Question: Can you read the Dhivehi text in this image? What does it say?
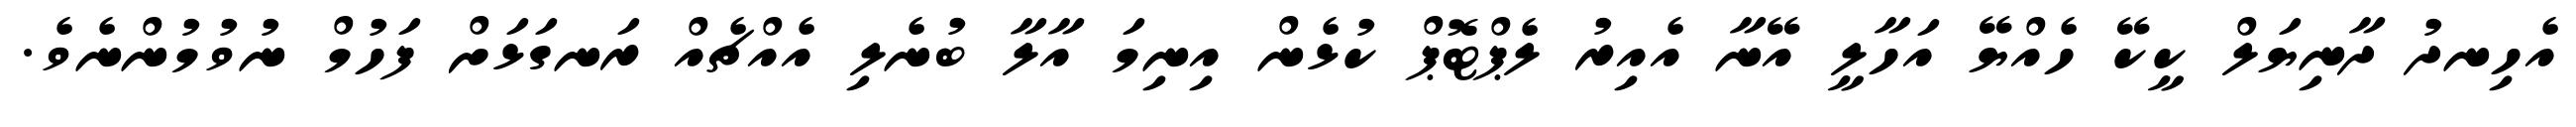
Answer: އެހިނދު ދާނިޔަލް ކީކޭ ހެއްޔޭ އަހާލީ އޭނާ އެއިރު ލެޕްޓޮޕް ކުޅެން އިނިމަ އާލާ ބުނެލި އެއްޗެއް ރަނގަޅަށް ފަހުމް ނުވުމުންނެވެ.